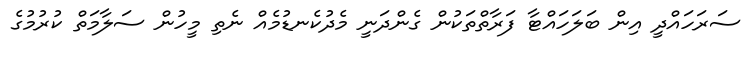
ސަރަހައްދީ އިން ބަލަހައްޓާ ފަރާތްތަކުން ގެންދަނީ މެދުކެނޑުމެއް ނެތި މީހުން ސަލާމަތް ކުރުމުގެ